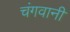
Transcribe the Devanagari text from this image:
चंगवानी